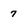
Character: 7